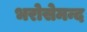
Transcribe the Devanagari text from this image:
भरोसेमन्द